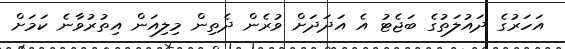
އަހަރުގެ ދައުލަތުގެ ބަޖެޓު އެ އަދަދަށް ވުރެން ދެތިން މިލިއަން އިތުރުވާނެ ކަމަށް